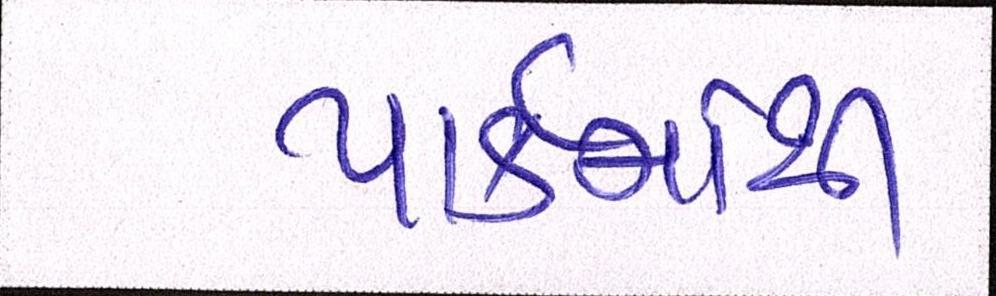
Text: પાર્કમાંથી